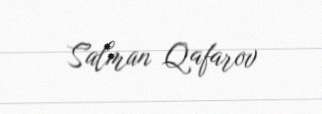
Salman Qafarov